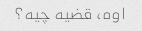
اوه، قضیه چیه؟